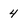
Character: 4